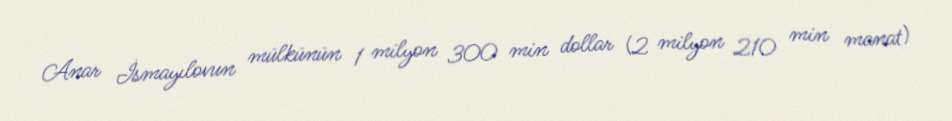
Anar İsmayılovun mülkünün 1 milyon 300 min dollar (2 milyon 210 min manat)